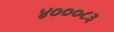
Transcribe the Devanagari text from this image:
४०००८३